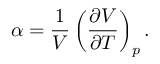
\alpha = { \frac { 1 } { V } } \left( { \frac { \partial V } { \partial T } } \right) _ { p } .